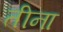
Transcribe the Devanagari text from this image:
तीना